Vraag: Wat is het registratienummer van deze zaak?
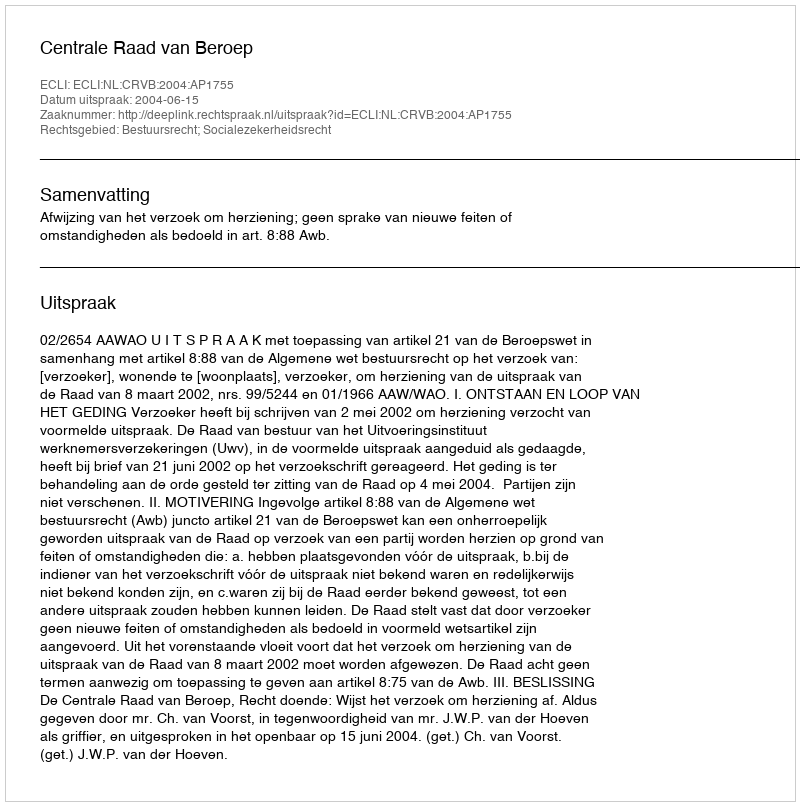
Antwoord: http://deeplink.rechtspraak.nl/uitspraak?id=ECLI:NL:CRVB:2004:AP1755